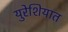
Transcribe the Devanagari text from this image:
युरेशियात